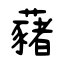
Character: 藸